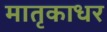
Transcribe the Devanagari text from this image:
मातृकाधर